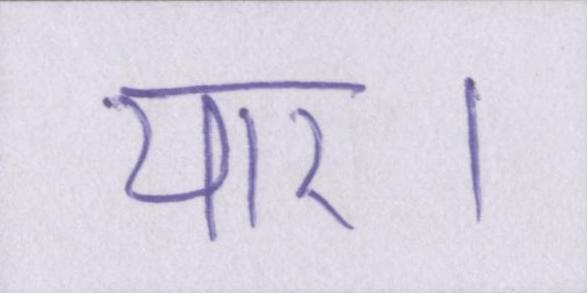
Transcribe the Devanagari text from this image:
यार।